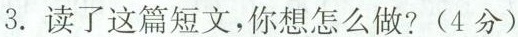
3. 读了这篇短文，你想怎么做？(4分)